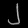
Digit: ၂